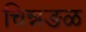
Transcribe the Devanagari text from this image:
चिन्नङळ